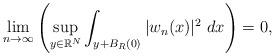
LaTeX: \begin{align*}\lim_{n\to \infty} \left( \sup_{y \in \mathbb{R}^N} \int_{y+B_{R}(0)}|w_n(x)|^{2}\ dx\right) = 0,\end{align*}